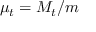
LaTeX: \mu _ { t } = M _ { t } / m